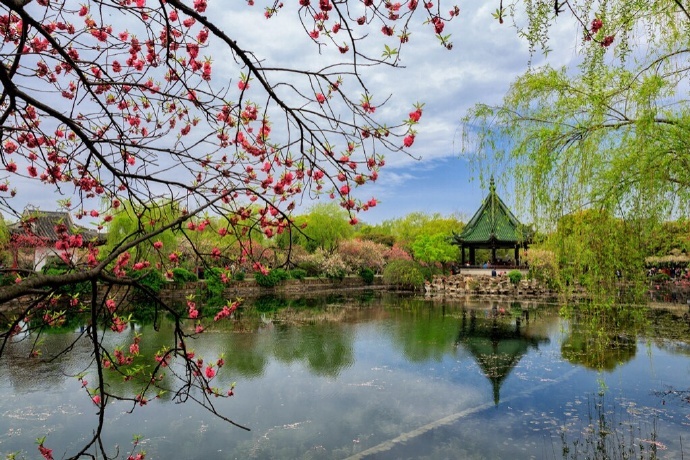
洛阳城东桃李花，飞来飞去落谁家？